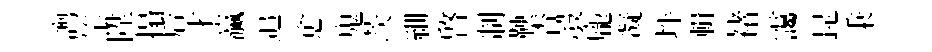
謭竿陞搨后才瀛追愈鬼茨細啟制鞅杏彀龐凝坪輯褚靄昆秉